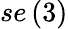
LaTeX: se\left(3\right)